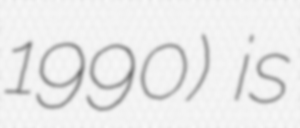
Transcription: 1990) is